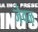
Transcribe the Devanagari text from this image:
जेवळ